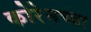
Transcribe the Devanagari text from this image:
कोरेनच्या